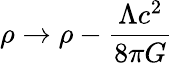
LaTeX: \rho\rightarrow\rho-{\frac{\Lambda c^{2}}{8\pi G}}